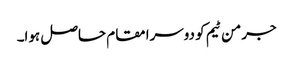
جرمن ٹیم کو دوسرا مقام حاصل ہوا۔